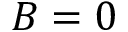
B = 0